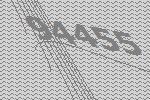
94455